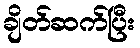
ချိတ်ဆက်ပြီး